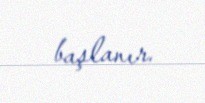
başlanır.